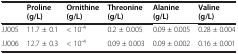
|  | Proline (g/L) | Ornithine (g/L) | Threonine (g/L) | Alanine (g/L) | Valine (g/L) |
 | --- | --- | --- | --- | --- | --- |
 | JJ005 | 11.7 ± 0.1 | < 10-4 | 0.2 ± 0.005 | 0.09 ± 0.005 | 0.28 ± 0.004 |
 | JJ006 | 12.7 ± 0.3 | < 10-4 | 0.09 ± 0.003 | 0.09 ± 0.002 | 0.16 ± 0.001 |